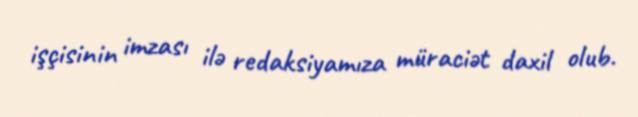
işçisinin imzası ilə redaksiyamıza müraciət daxil olub.